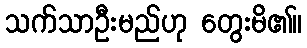
သက်သာဦးမည်ဟု တွေးမိ၏။